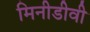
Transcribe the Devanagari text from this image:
मिनीडीवी